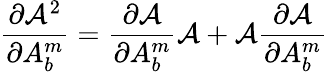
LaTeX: \frac{\partial{\cal A}^{2}}{\partial A_{b}^{m}}=\frac{\partial{\cal A}}{\partial A_{b}^{m}}{\cal A}+{\cal A}\frac{\partial{\cal A}}{\partial A_{b}^{m}}